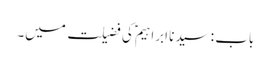
باب : سیدنا ابراہیمؑ کی فضیلت میں۔